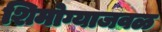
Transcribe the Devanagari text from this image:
शिमोग्याजवळ